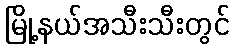
မြို့နယ်အသီးသီးတွင်